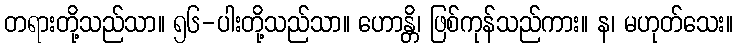
တရားတို့သည်သာ။ ၅၆-ပါးတို့သည်သာ။ ဟောန္တိ၊ ဖြစ်ကုန်သည်ကား။ န၊ မဟုတ်သေး။